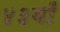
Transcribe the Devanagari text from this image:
४३वाँ